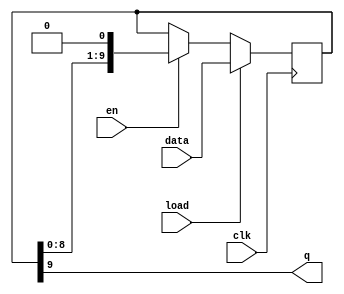
// Copyright (c) 2008 Ben Dyer
// 
// Permission is hereby granted, free of charge, to any person obtaining a copy
// of this software and associated documentation files (the "Software"), to deal
// in the Software without restriction, including without limitation the rights
// to use, copy, modify, merge, publish, distribute, sublicense, and/or sell
// copies of the Software, and to permit persons to whom the Software is
// furnished to do so, subject to the following conditions:
// 
// The above copyright notice and this permission notice shall be included in
// all copies or substantial portions of the Software.
// 
// THE SOFTWARE IS PROVIDED "AS IS", WITHOUT WARRANTY OF ANY KIND, EXPRESS OR
// IMPLIED, INCLUDING BUT NOT LIMITED TO THE WARRANTIES OF MERCHANTABILITY,
// FITNESS FOR A PARTICULAR PURPOSE AND NONINFRINGEMENT. IN NO EVENT SHALL THE
// AUTHORS OR COPYRIGHT HOLDERS BE LIABLE FOR ANY CLAIM, DAMAGES OR OTHER
// LIABILITY, WHETHER IN AN ACTION OF CONTRACT, TORT OR OTHERWISE, ARISING FROM,
// OUT OF OR IN CONNECTION WITH THE SOFTWARE OR THE USE OR OTHER DEALINGS IN
// THE SOFTWARE.

// Shifts one bit out of Q every clock cycle for which en is asserted, MSB-first. Synchronous load from values at data when load is asserted.

module sreg_10
(
	clk,
	load,
	
	data,
	
	en,
	q
);

	input			clk;
	input			load;
	
	input [9:0]		data;
	
	input			en;
	output			q;
	
	// IO regs
	reg [9:0]		sreg;
	
	always @(posedge clk) begin
		if (load)
			sreg <= data;
		else if (en)
			sreg <= {sreg[8:0], 1'b0};
	end
	
	assign q = sreg[9];
	
endmodule